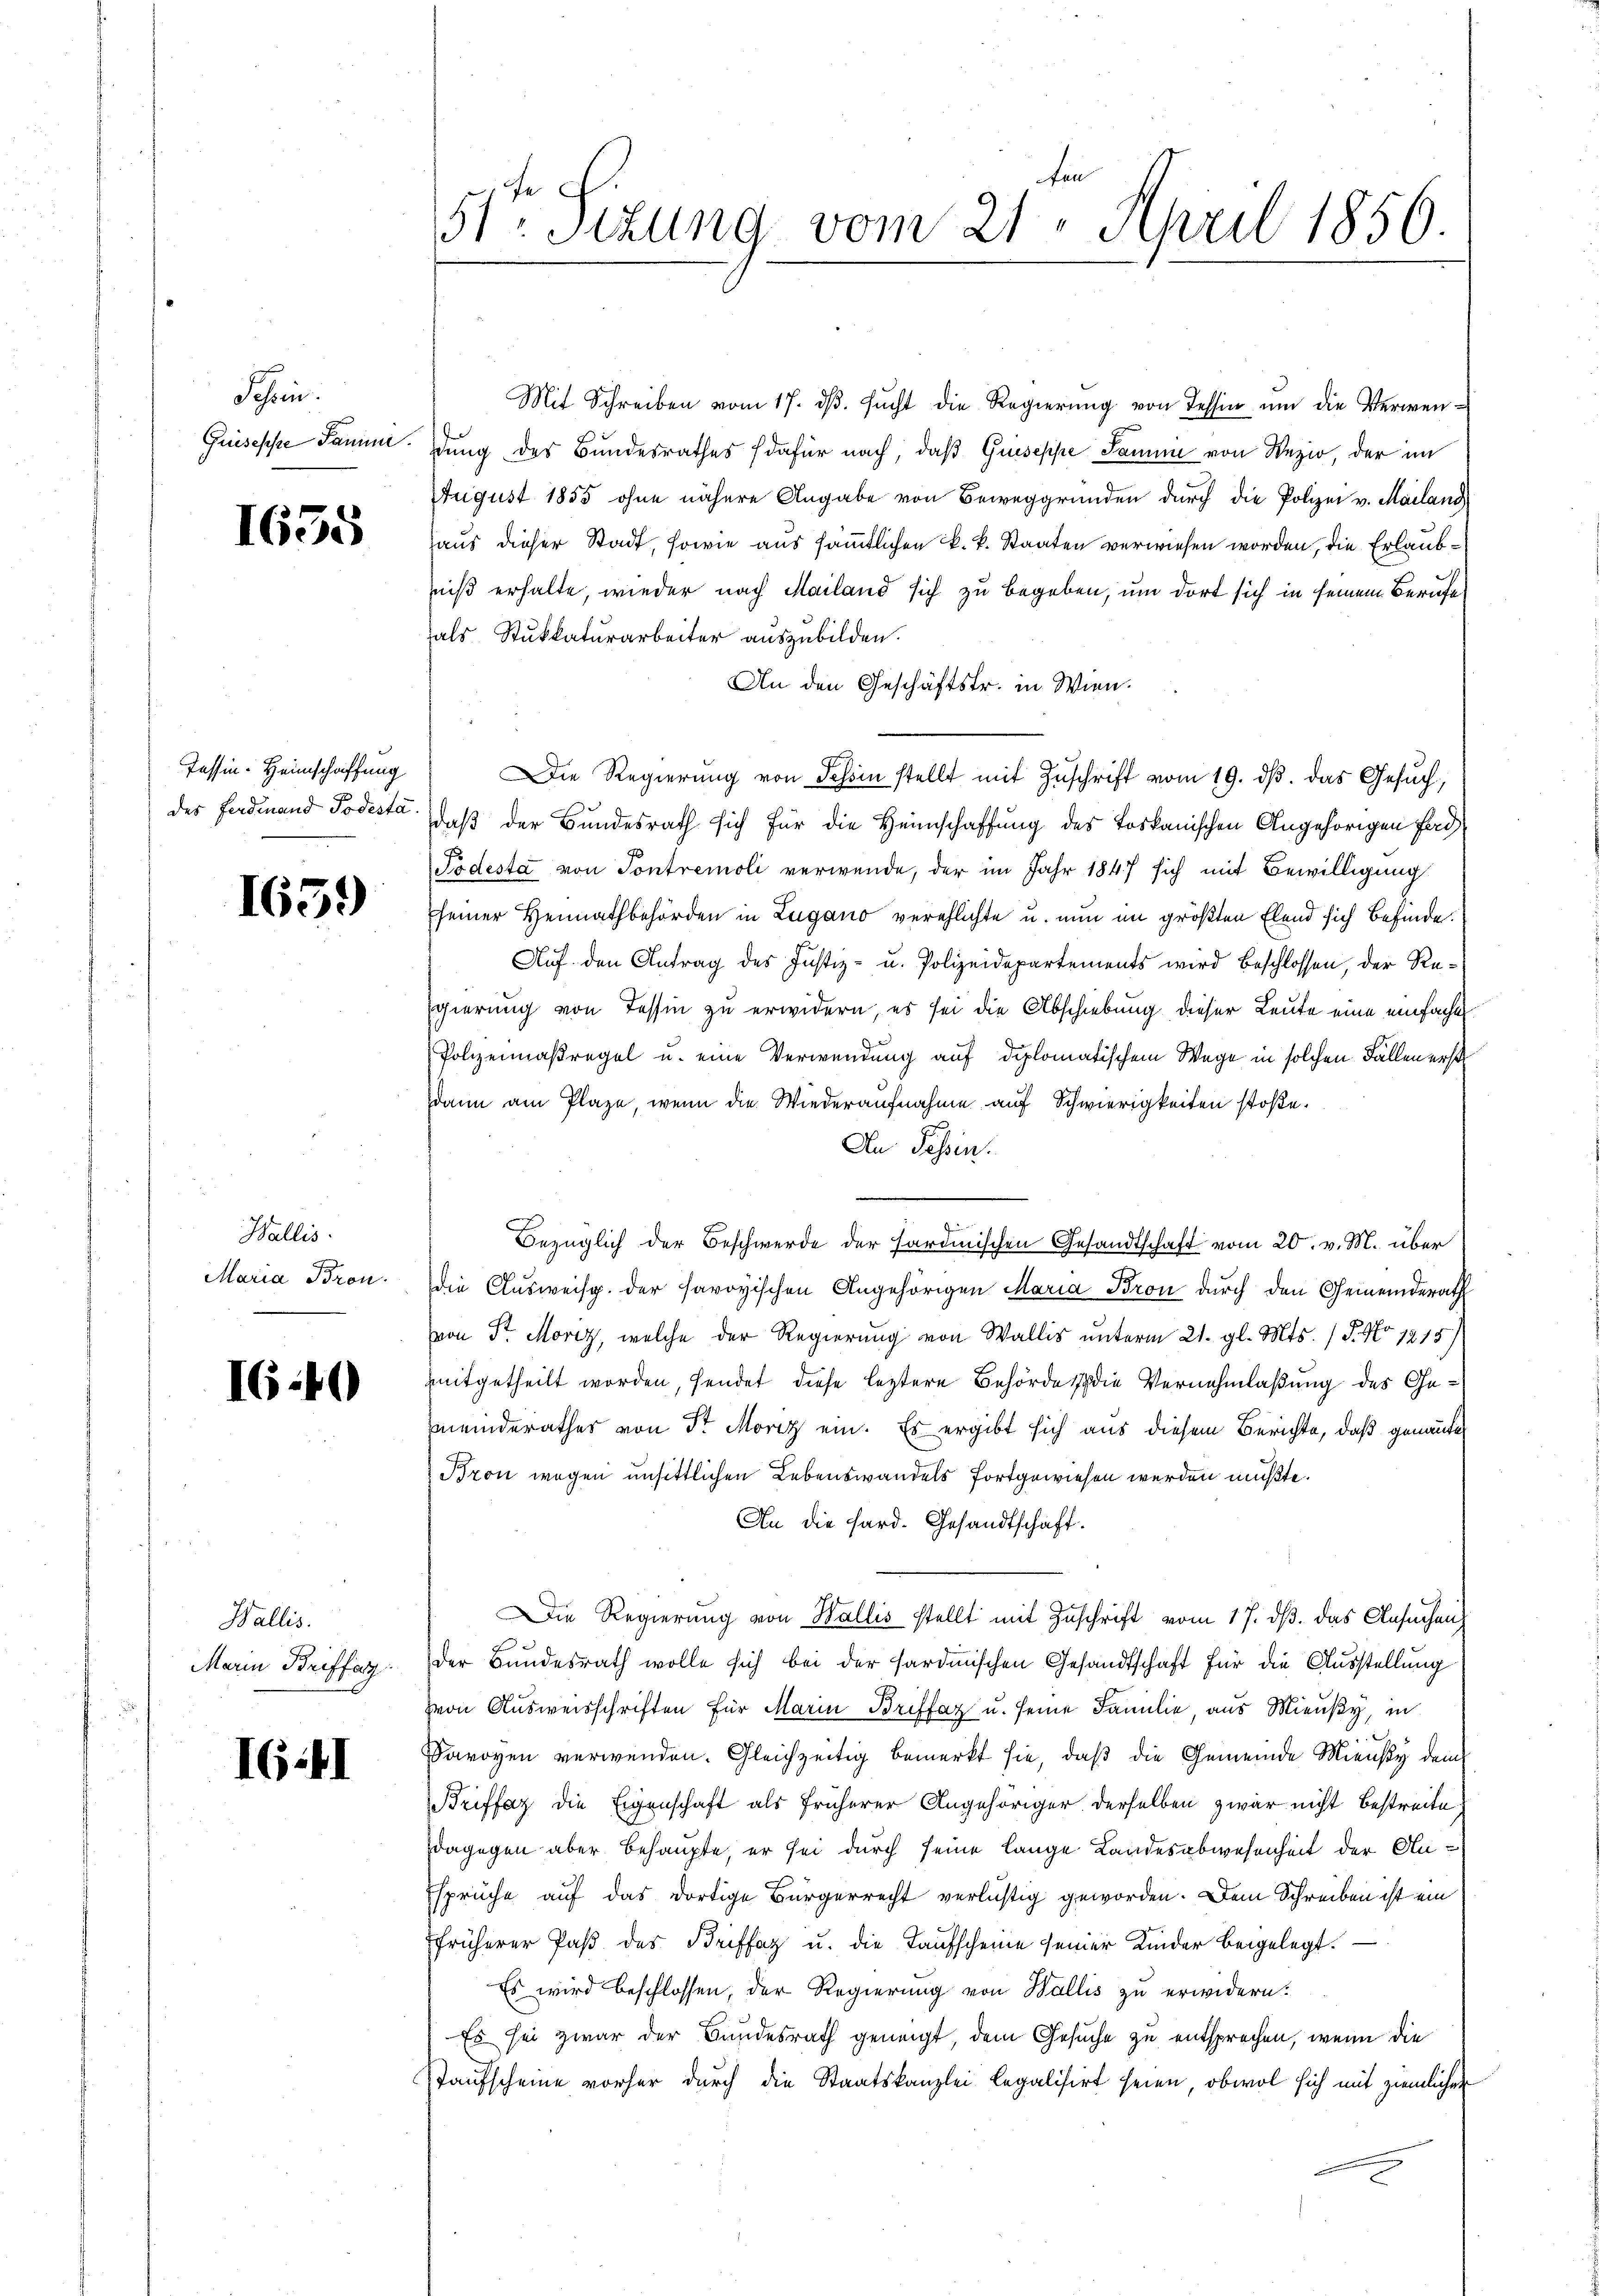
Schein.

1655

Tessin. Heimschaffung

1659

Wallis.
Maria Bron.

I:40

Wallis.
Marin Briffer

IG II

Mit Schreiben vom 17. dβ. sŭcht die Regierŭng von Tessin ŭm die Verwen-
quiseppe Sanimung des Bundesrathes (dafür nach, daß Guseppe Samme von Wezio, der im
August 1855 ohne nähere Angabe von Beweggründen durch die Polizei v. Mailand
aus dieser Stadt, sowie aus sämmtlichen k. k. Staaten verwiesen worden, die Erlaubniß erhalte, wieder nach Mailand sich zu begeben, um dort sich in seinem Berufe
als Stukkaturarbeiter auszubilden.
An den Geschäftsfr. in Wien.
Die Regierung von Schin stellt mit Zuschrift vom 19. ds. das Gesuch,
des Ferdinand Todeste, daß der Bundesrath sich für die Heimschaffung des Toskanischen Angehörigen Fad
Podesta von Pontremoli verwende, der im Jahr 1847 sich mit Bewilligung
seiner Heimathbehörden in Lugano verehlichte u. nun im größten Elend sich befinde.
Auf den Antrag des Justiz- u. Polizeidepartements wird beschlossen, der Re¬
Egierung von Tessin zu erwidern, es sei die Abschiebung dieser Leute eine einfachen
Polizeimaßregel u. eine Verwendung auf diplomatischem Wege in solchen Fallen erst
dann am Plaze, wenn die Wiederaufnahme auf Schwierigkeiten stoße.
An Tessin.
Bezüglich der Beschwerde der Fardinischen Gesandtschaft vom 20. v. M. über
die Ausweisp. der savoyischen Angehörigen Maria Bron durch den Gemeinderath
von Dr. Moriz, welche der Regierung von Wallis unterm 21. gl. Mts. (T. No 1215)
mitgetheilt worden, sendet diese leztere Behörde die Vernehmlaßung des Gemeinderathes von Sr Moriz ein. Es ergibt sich aus diesem Berichte, daß genannte
 Bron wegen unsittlichen Lebenswandels fortgewiesen werden mußte.
An die Sard. Gesandtschaft.
Die Regierung von Wallis stellt mit Zuschrift vom 17. ds. das Ansuchen
der Bundesrath wolle sich bei der sardinischen Gesandtschaft für die Ausstellung
von Ausweisschriften für Maria Briffaz u. seine Familie, aus Mieusy, in
Savoyen verwenden. Gleichzeitig bemerkt sie, daß die Gemeinde Miensty dem
Briffaz die Eigenschaft als früherer Angehöriger derselben zwar nicht bestreite
dagegen aber behaupte, er sei durch seine lange Landesabwesenheit der An-
Esprüche auf das dortige Bürgerrecht verlustig geworden. Dem Schreiben ist ein
früherer Paβ des Briffaz u. die Taufscheine seiner Kinder beigelegt.
Es wird beschlossen, der Regierung von Wallis zu erwidern:
Es sei zwar der Bundesrath geneigt, dem Gesuche zu entsprochen, wenn die
Taufscheine vorher durch die Staatskanzlei legalisirt seien, obwol sich mit ziemlichen

fen
51: Sizung vom 21. April 1856.